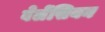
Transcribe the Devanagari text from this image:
वेलेंसियन